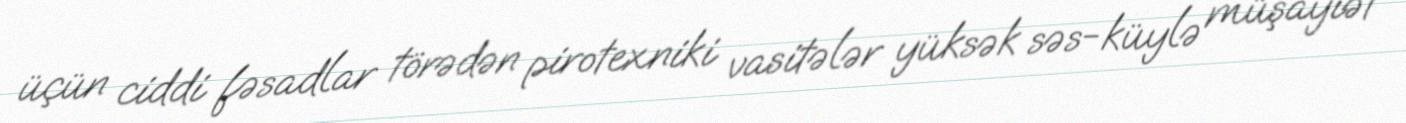
üçün ciddi fəsadlar törədən pirotexniki vasitələr yüksək səs-küylə müşayiət